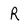
Character: R